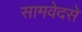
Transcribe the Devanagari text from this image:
सामवेदसे